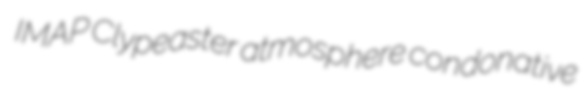
IMAP Clypeaster atmosphere condonative